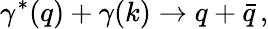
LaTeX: \gamma^{*}(q)+\gamma(k)\rightarrow q+\bar{q}\, ,